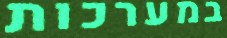
במערכות